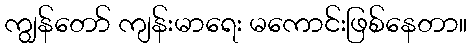
ကျွန်တော် ကျန်းမာရေး မကောင်းဖြစ်နေတာ။